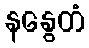
နနွေတံ